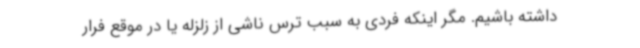
داشته باشیم. مگر اینکه فردی به سبب ترس ناشی از زلزله یا در موقع فرار